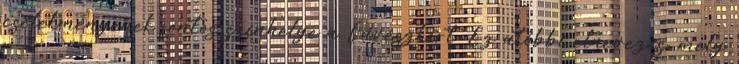
cselekményének fontos színhelye a Füvészkert. Ez utóbbi elnevezés, mely